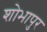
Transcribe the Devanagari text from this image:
शोभापुर